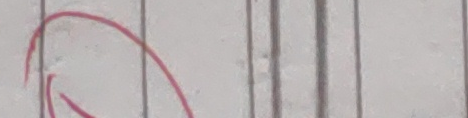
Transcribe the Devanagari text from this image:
ढ